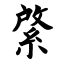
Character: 綮